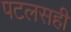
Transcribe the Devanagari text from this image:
पटलसही